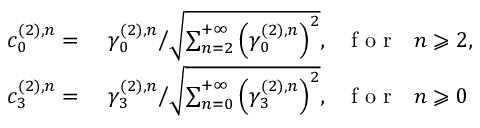
\begin{array} { r l } { c _ { 0 } ^ { ( 2 ) , n } = } & { { } \ \gamma _ { 0 } ^ { ( 2 ) , n } \bigg / \sqrt { \sum _ { n = 2 } ^ { + \infty } \left( \gamma _ { 0 } ^ { ( 2 ) , n } \right) ^ { 2 } } , \mathrm { ~ ~ ~ f ~ o ~ r ~ ~ ~ } n \geqslant 2 , } \\ { c _ { 3 } ^ { ( 2 ) , n } = } & { { } \ \gamma _ { 3 } ^ { ( 2 ) , n } \bigg / \sqrt { \sum _ { n = 0 } ^ { + \infty } \left( \gamma _ { 3 } ^ { ( 2 ) , n } \right) ^ { 2 } } , \mathrm { ~ ~ ~ f ~ o ~ r ~ ~ ~ } n \geqslant 0 } \end{array}